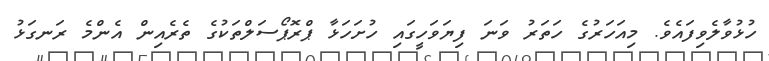
ހުޅުވާލެވިފައެވެ. މިއަހަރުގެ ހަތަރު ވަނަ ފިޔަވަހީގައި ހުށަހަޅާ ޕްރޮޕޯސަލްތަކުގެ ތެރެއިން އެންމެ ރަނގަޅު